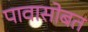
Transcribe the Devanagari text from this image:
पावासोबत